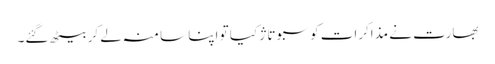
بھارت نے مذاکرات کو سبوتاژ کیا تو اپنا سا منہ لے کر بیٹھ گئے۔